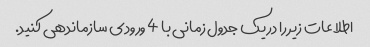
اطلاعات زیر را در یک جدول زمانی با 4 ورودی سازماندهی کنید.